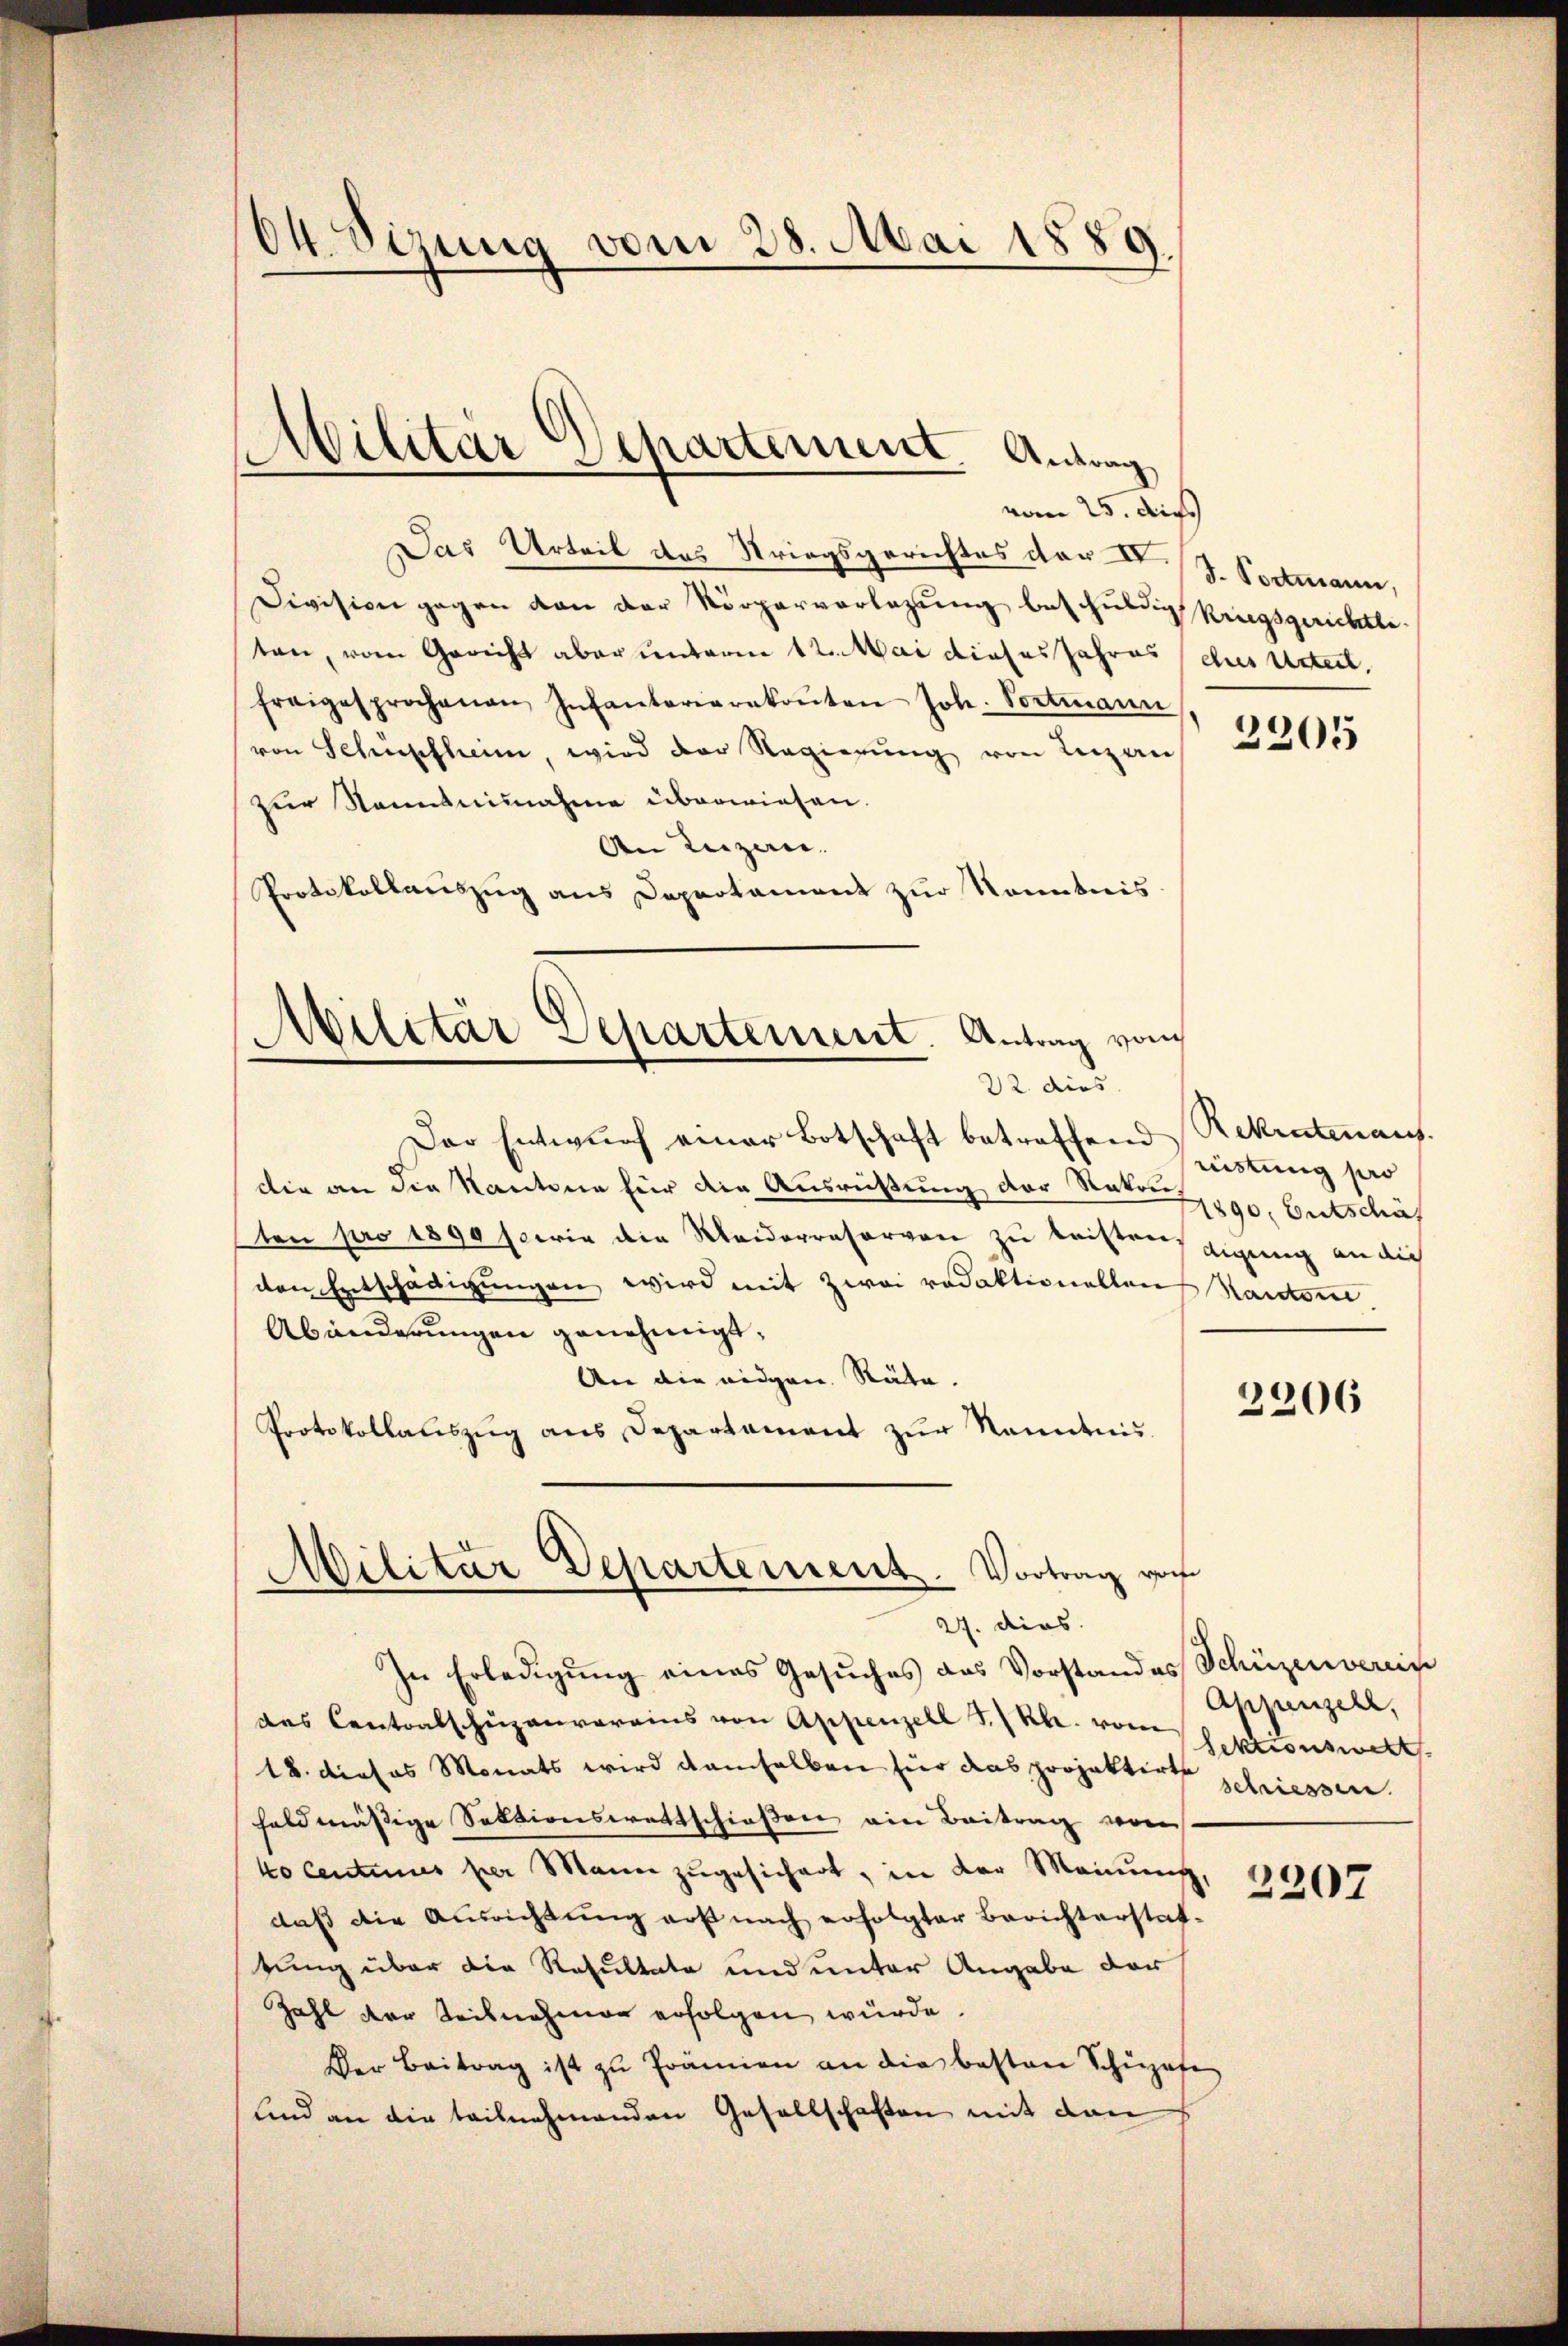
64. Sizung vom 28. Mai 1889.

vom 25. dies
Das Urteil des Kriegsgerichtes der S. Portmann,
Division gegen von der Körperverlegung beschuldig Kriegsgerichtle
ten, vom Gericht aber unterm 12. Mai dieses Jahres (chues Urteil,
freigesprochenen Infanterierekoṅten Joh. Portmann
von Schüpfheim, wird der Regierung von Luzern
zur Nanntnisnahme überwiesen.
An Luzern.
Protokollauszug aus Departament zur Kenntnis
Militär Departement. Antrag vom

Militär Departement Antrag

22 dies

Der Entwurf einer Botschaft betreffend Rekrutenaus.
die an die Kantone für die Ausrüstung der Natur 290. Entschäf
ten pro 1890 sowie die Weiderrasorvon zu leisten zigung an die
den Entschädigungen wird mit zwei redaktionellauf Handere
Abänderŭngen genehmigt.
An die eidgen. Räte.
Protokollanszŭg ans Departament zŭr Kenntnis
In Erledigung eines Gesuches das Vorstandes Schüzenverein
des Cantonsschüzenvereins von Appenzell S. Rh. von Sektionswert
18. dieses Monats wird demselben für das projektirte schriessen.
held mässige Sektionswettschießen ein Beitrag von
ko centimes per Mann zugesichert, in der Meinung
daß die Ausrichtung erst nach erfolgter Berichterstat-
tung über die Resultate und unter Angabe der
Zahl der Teilnahmen erfolgen würde.
Der Beitrag ist zu Prämien an die besten Schupafe
lnd an die teilnehmenden Gesellschaften mit dan

Militar Departement. Vortrag vor
27. dies

2205

ristung pers

2206

Appenzell,

2207